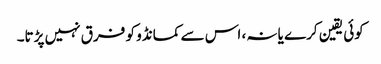
کوئی یقین کرے یا نہ، اس سے کمانڈو کو فرق نہیں پڑتا۔